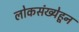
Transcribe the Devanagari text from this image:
लोकसंख्येहून